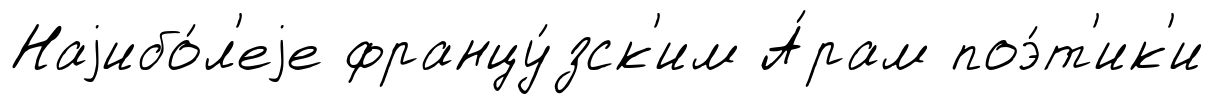
Наjибо́л'еjе францу́зск'им А́рам поэ́т'ик'и